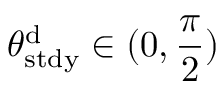
\theta _ { \mathrm { s t d y } } ^ { \mathrm { d } } \in ( 0 , \frac \pi 2 )